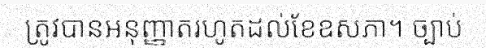
ត្រូវបានអនុញ្ញាតរហូតដល់ខែឧសភា។ ច្បាប់